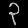
Digit: ၃